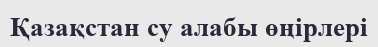
Қазақстан су алабы өңірлері